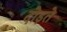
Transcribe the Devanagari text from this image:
दोड़ते